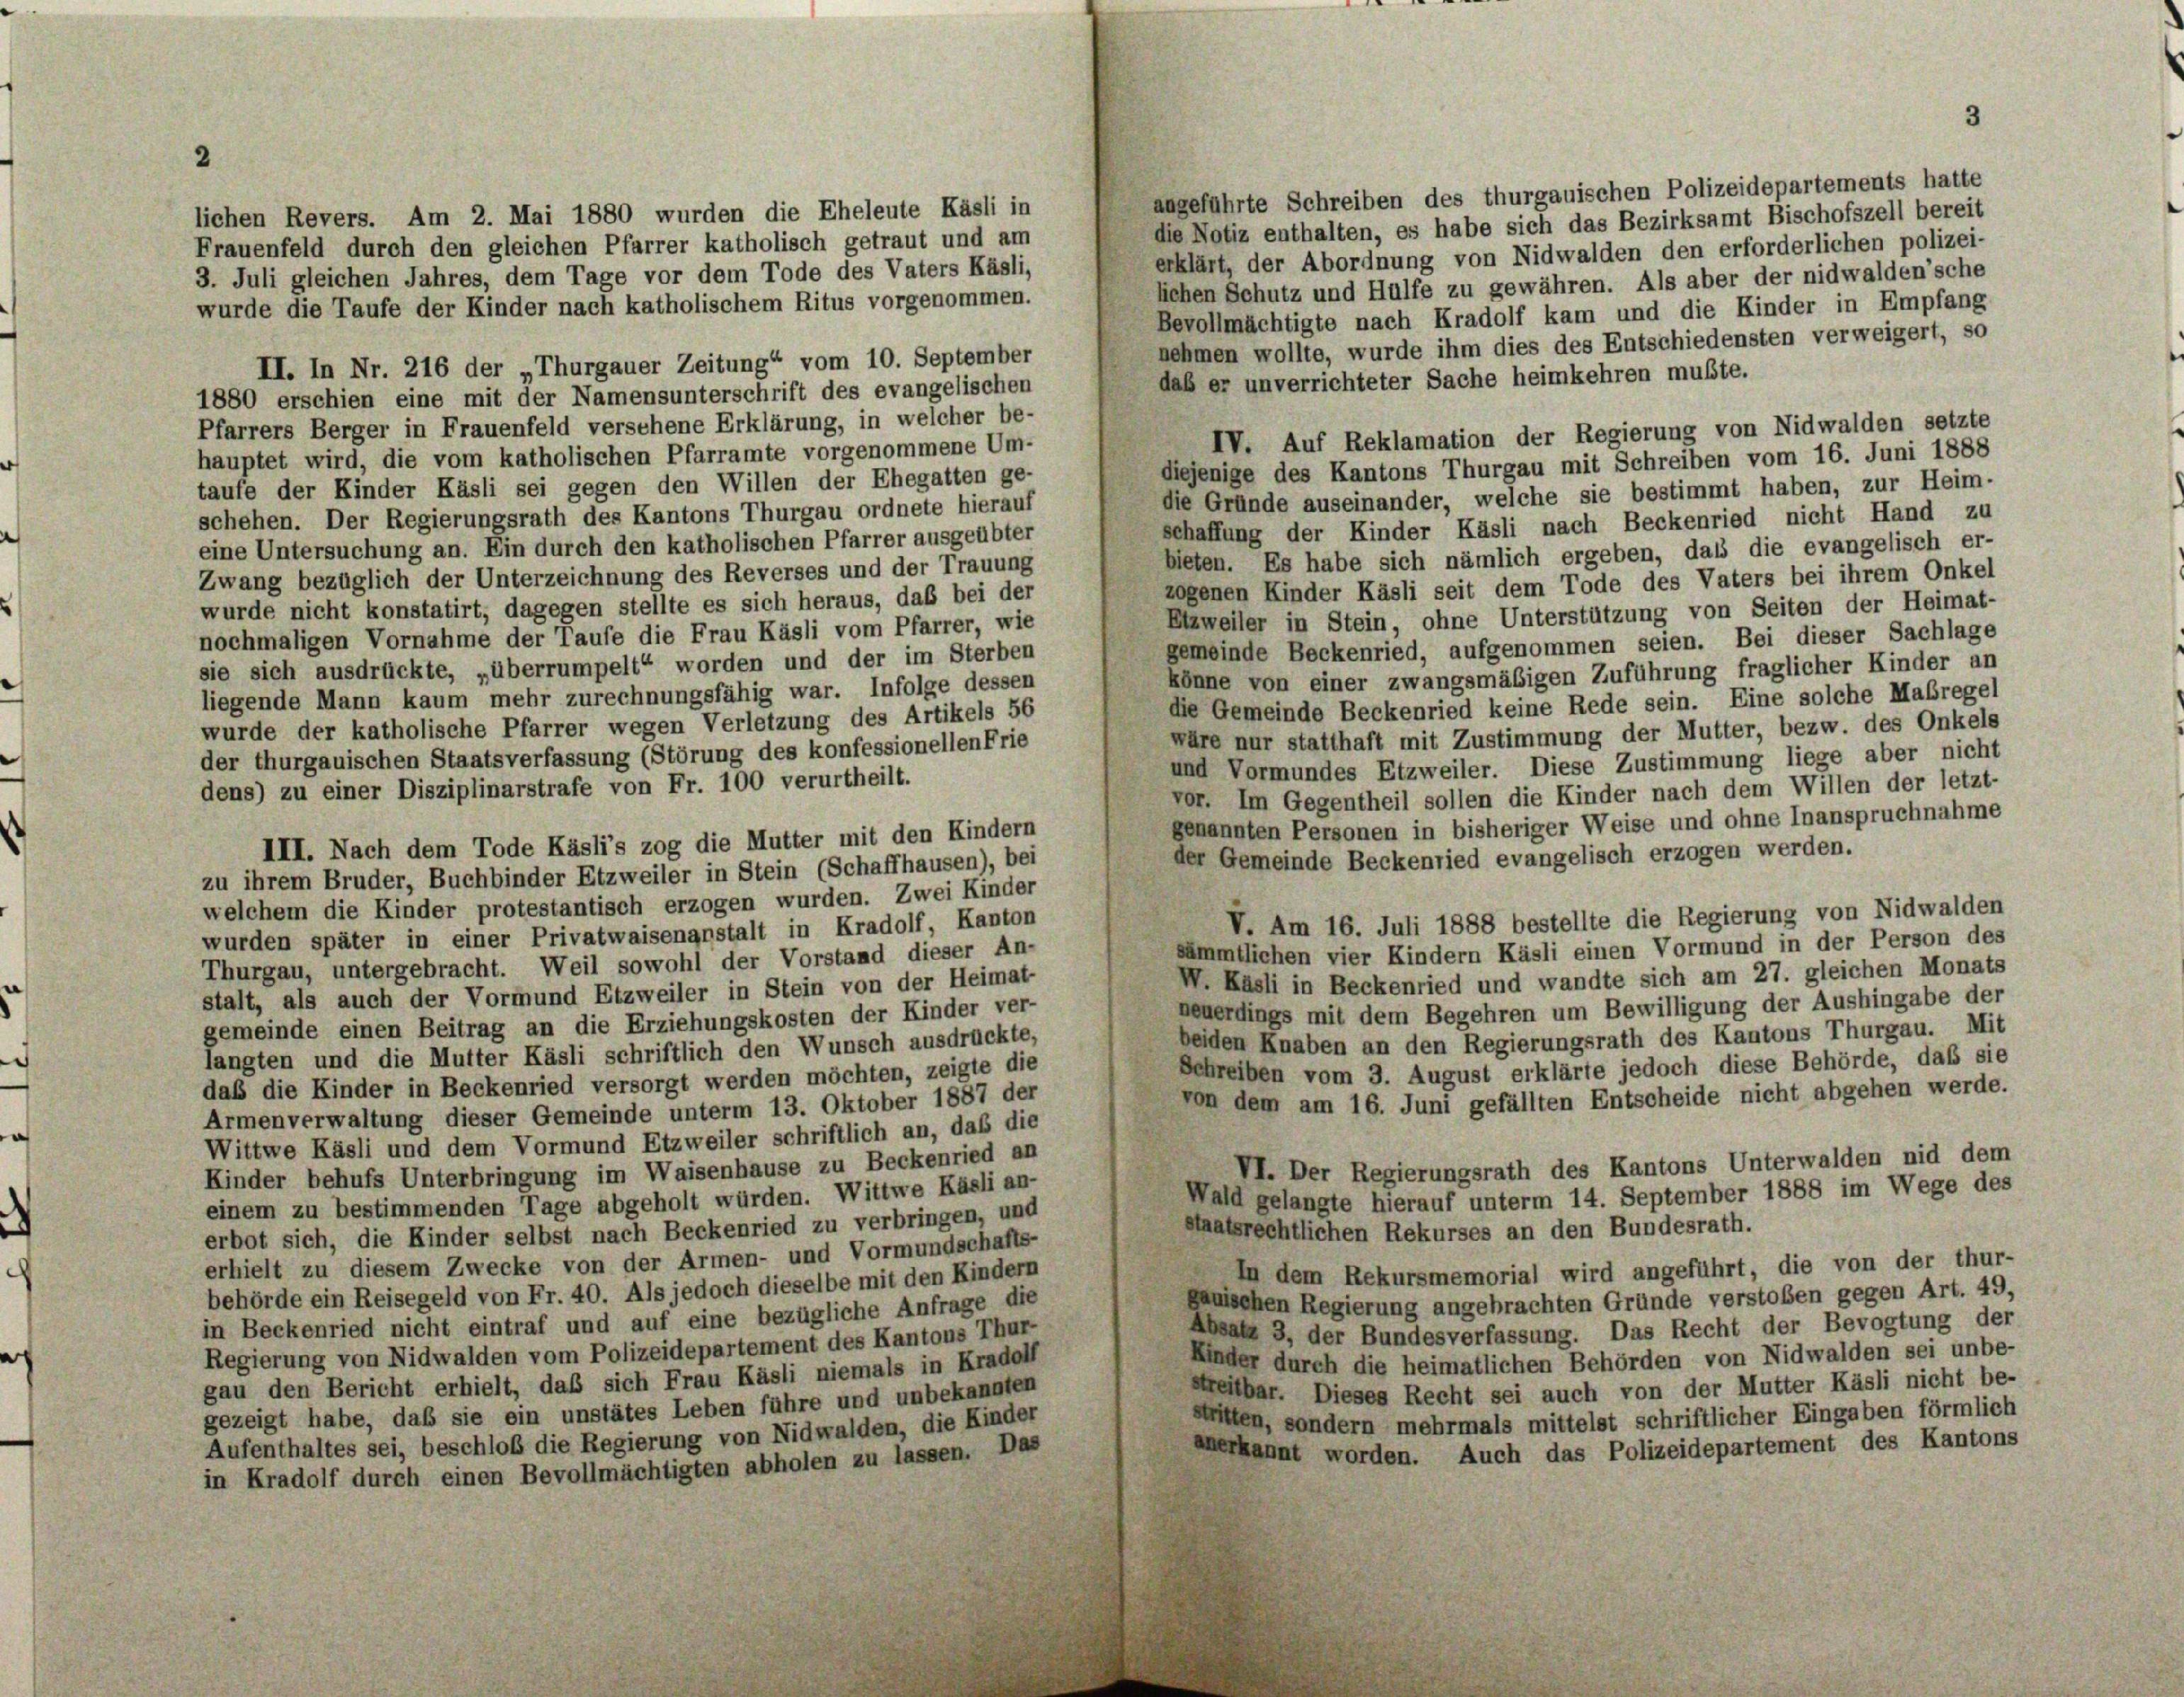
lichen Revers. Am 2. Mai 1880 wurden die Eheleute Käsli in
Frauenfeld durch den gleichen Pfarrer katholisch getraut und am
3. Juli gleichen Jahres, dem Tage vor dem Tode des Vaters Käsli,

angeführte Schreiben des thurgauischen Polizeidepartements hatte
die Notiz enthalten, es habe sich das Bezirksamt Bischofszell bereit
erklärt, der Abordnung von Nidwalden den erforderlichen polizei-
liehen Schutz und Hülfe zu gewähren. Als aber der nidwalden’sche
wurde die Taufe der Kinder nach katholischem Ritus vorgenommen.
Bevollmächtigte nach Kradolf kam und die Kinder in Empfang
nehmen wollte, wurde ihm dies des Entschiedensten verweigert, so
II. In Nr. 216 der „Thurgauer Zeitung“ vom 10. September
daß er unverrichteter Sache heimkehren mußte.
1880 erschien eine mit der Namensunterschrift des evangelischen
Pfarrers Berger in Frauenfeld versehene Erklärung, in welcher be-
IV. Auf Reklamation der Regierung von Nidwalden setzte
hauptet wird, die vom katholischen Pfarramte vorgenommene Um-
diejenige des Kantons Thurgau mit Schreiben vom 16. Juni 1888
taufe der Kinder Käsli sei gegen den Willen der Ehegatten ge-
die Gründe auseinander, welche sie bestimmt haben, zur Heim-
schehen. Der Regierungsrath des Kantons Thurgau ordnete hierauf
schaffung der Kinder Käsli nach Beckenried nicht Hand zu
eine Untersuchung an. Ein durch den katholischen Pfarrer ausgeübter
bieten. Es habe sich nämlich ergeben, dass die evangelisch er-
Zwang bezüglich der Unterzeichnung des Reverses und der Trauung
zogenen Kinder Käsli seit dem Tode des Vaters bei ihrem Onkel
wurde nicht konstatirt, dagegen stellte es sich heraus, daß bei der
Etzweiler in Stein, ohne Unterstützung von Seiten der Heimat-
nochmaligen Vornahme der Taufe die Frau Käsli vom Pfarrer, wie
gemeinde Beckenried, aufgenommen seien. Bei dieser Sachlage
sie sich ausdrückte, „überrumpelt“ worden und der im Sterben
könne von einer zwangsmäßigen Zuführung fraglicher Kinder an
liegende Mann kaum mehr zurechnungsfähig war. Infolge dessen
die Gemeinde Beckenried keine Rede sein. Eine solche Maßregel
wurde der katholische Pfarrer wegen Verletzung des Artikels 56
wäre nur statthaft mit Zustimmung der Mutter, bezw. des Onkels
der thurgauischen Staatsverfassung (Störung des konfessionellen Frie
und Vormundes Etzweiler. Diese Zustimmung liege aber nicht
dens) zu einer Disziplinarstrafe von Fr. 100 verurtheilt.
vor. Im Gegentheil sollen die Kinder nach dem Willen der letzt-
genannten Personen in bisheriger Weise und ohne Inanspruchnahme
III. Nach dem Tode Käsli’s zog die Mutter mit den Kindern
der Gemeinde Beckenried evangelisch erzogen werden.
zu ihrem Bruder, Buchbinder Etzweiler in Stein (Schaffhausen), bei
welchem die Kinder protestantisch erzogen wurden. Zwei Kinder
V. Am 16. Juli 1888 bestellte die Regierung von Nidwalden
wurden später in einer Privatwaisenanstalt in Kradolf, Kanton
sämmtlichen vier Kindern Käsli einen Vormund in der Person des
Thurgau, untergebracht. Weil sowohl der Vorstand dieser An-
W. Käsli in Beckenried und wandte sich am 27. gleichen Monats
stalt, als auch der Vormund Etzweiler in Stein von der Heimat-
neuerdings mit dem Begehren um Bewilligung der Aushingabe der
gemeinde einen Beitrag an die Erziehungskosten der Kinder ver-
beiden Knaben an den Regierungsrath des Kantons Thurgau. Mit
langten und die Mutter Käsli schriftlich den Wunsch ausdrückte,
Schreiben vom 3. August erklärte jedoch diese Behörde, daß sie
daß die Kinder in Beckenried versorgt werden möchten, zeigte die
von dem am 16. Juni gefällten Entscheide nicht abgehen werde.
Armenverwaltung dieser Gemeinde unterm 13. Oktober 1887 der
Wittwe Käsli und dem Vormund Etzweiler schriftlich an, daß die
VI. Der Regierungsrath des Kantons Unterwalden nid dem
Kinder behufs Unterbringung im Waisenhause zu Beckenried an
Wald gelangte hierauf unterm 14. September 1888 im Wege des
einem zu bestimmenden Tage abgeholt würden. Wittwe Käsli an-
staatsrechtlichen Rekurses an den Bundesrath.
erbot sich, die Kinder selbst nach Beckenried zu verbringen, und
erhielt zu diesem Zwecke von der Armen- und Vormundschafts-
In dem Rekursmemorial wird angeführt, die von der thur-
behörde ein Reisegeld von Fr. 40. Als jedoch dieselbe mit den Kindern
ganischen Regierung angebrachten Gründe verstoßen gegen Art. 49,
in Beckenried nicht eintraf und auf eine bezügliche Anfrage die
Absatz 3, der Bundesverfassung. Das Recht der Bevogtung der
Regierung von Nidwalden vom Polizeidepartement des Kantons Thur-
Kinder durch die heimatlichen Behörden von Nidwalden sei unbe-
gau den Bericht erhielt, daß sich Frau Käsli niemals in Kradolf
streitbar. Dieses Recht sei auch von der Mutter Käsli nicht be-
gezeigt habe, daß sie ein unstates Leben führe und unbekannten
stritten, sondern mehrmals mittelst schriftlicher Eingaben förmlich
Aufenthaltes sei, beschloß die Regierung von Nidwalden, die Kinder
erkannt worden. Auch das Polizeidepartement des Kantons
in Kradolf durch einen Bevollmächtigten abholen zu lassen. Das

3